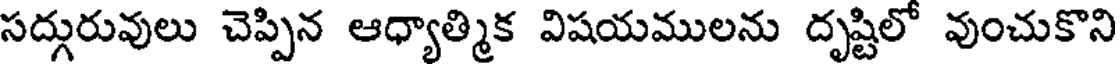
సద్గురువులు చెప్పిన ఆధ్యాత్మిక విషయములను దృష్టిలో వుంచుకొని